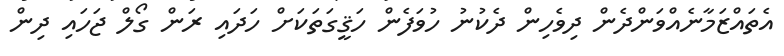
އެތައްޒަމާނެއްވަންދެން ދިވެހިން ދެކުނު ހުވަފެން ހަޤީގަތަކަށް ހަދައި ރަން ގޯލް ޖަހައި ދިން